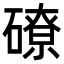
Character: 𥕴